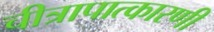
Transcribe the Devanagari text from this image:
चीत्रापात्कारणी